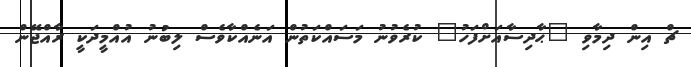
ޗް އިން ދިމާވި "ޙާދިސާއަށްފަހު" ކުރެވުނު މަސައްކަތުން އަނެއްކާވެސް ލިބުނު އުއްމީދަކީ ރާއްޖޭން